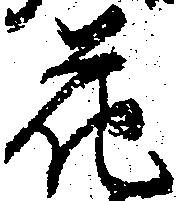
花